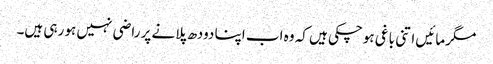
مگرمائیں اتنی باغی ہوچکی ہیں کہ وہ اب اپنا دودھ پلانے پر راضی نہیں ہو رہی ہیں۔